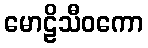
မောဠိသီဝကော